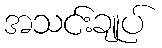
အသင်းချုပ်